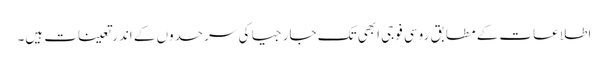
اطلاعات کے مطابق روسی فوجی ابھی تک جارجیا کی سرحدوں کے اندر تعینات ہیں۔